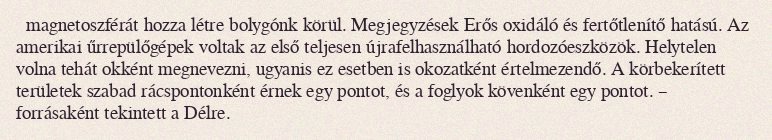
magnetoszférát hozza létre bolygónk körül. Megjegyzések Erős oxidáló és fertőtlenítő hatású. Az amerikai űrrepülőgépek voltak az első teljesen újrafelhasználható hordozóeszközök. Helytelen volna tehát okként megnevezni, ugyanis ez esetben is okozatként értelmezendő. A körbekerített területek szabad rácspontonként érnek egy pontot, és a foglyok kövenként egy pontot. – forrásaként tekintett a Délre.